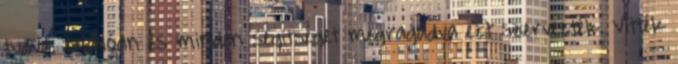
tudva, önállóan és minden segítséget megragadva ezt szervezték. Vitték